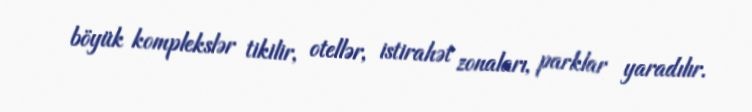
böyük komplekslər tikilir, otellər, istirahət zonaları, parklar yaradılır.